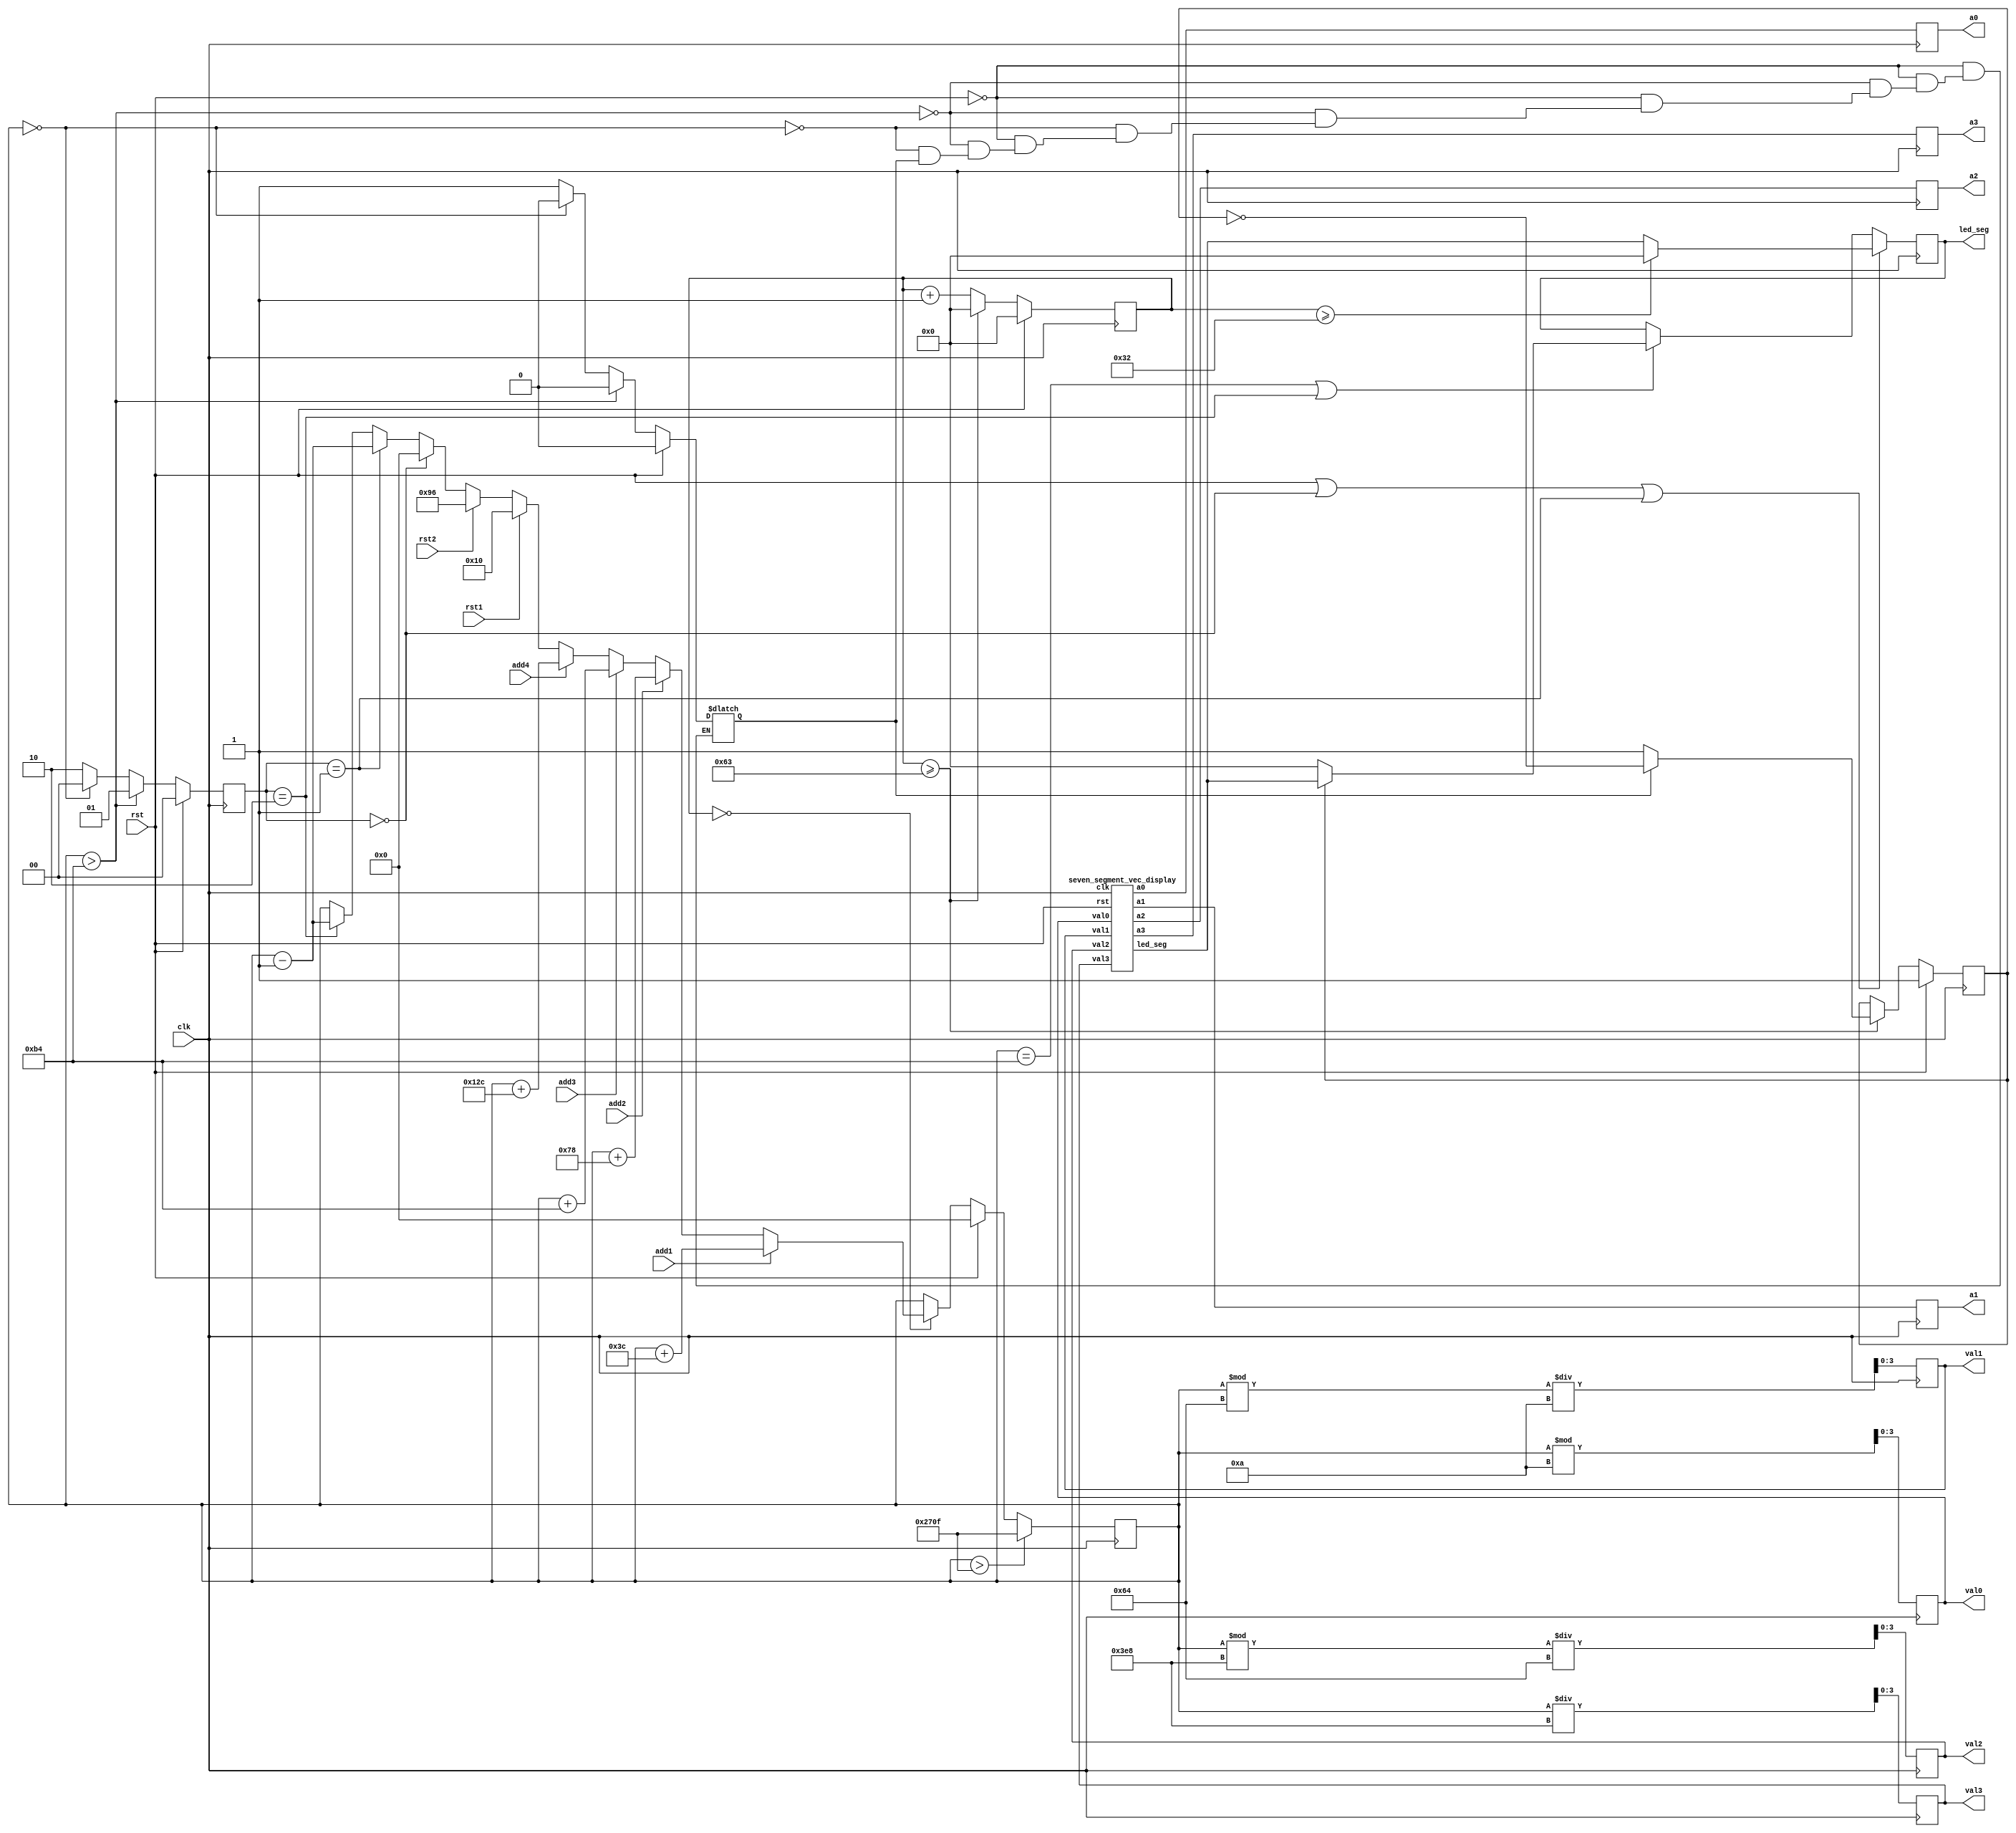
`timescale 1ns / 1ps

/*
	CS M152A Lab 3: This lab is required to design an FSM to model a parking meter 
	which simulates coins being added and displays the appropriate time remaining
*/

module parking_meter (
	// First, Define the given inputs
	// Input 1: add 60 seconds to the parking meter 
    input add1,
    // Input 2: add 120 seconds to the parking meter 
    input add2,
	// Input 3: add 180 seconds to the parking meter 
    input add3,
    // Input 4: add 300 seconds to the parking meter 
    input add4,
    // Input 5: reset time to 16 seconds
    input rst1,
    // Input 6: reset time to 150 seconds
    input rst2,
    // Input 7: frequency of 100 Hz
    input clk,
    // Input 8: resets signal to the initial state 
    input rst,

    // The, Define the anodes driving each of these segments are (one bit signals)
	// a3 = most significant anode
	// a0 = the least significant anode
	// The order of anode goes from left to right  
	// This is the 1 bit anode a3
    output reg a3,
    // This is the 1 bit anode a2
    output reg a2,
    // This is the 1 bit anode a1
    output reg a1,
    // This is the 1 bit anode a0
    output reg a0,

    // Define the 7 bits output register for the seven segment display 
	// Define the seven segment vector (7 bit vector) in the output module to display the actual 
	// value fed to the 4 segments corresponding to the digits being displayed 
    output reg [6:0] led_seg,

    // Define the 4 output ports, each of them is a 4 bit vector
	// Each of the output port display the actual digit in BCD corresponding to each of the segment 
	// This is output port val3
    output reg [3:0] val3,
    // This is output port val2
    output reg [3:0] val2,
    // This is output port val1
    output reg [3:0] val1,
    // This is output port val0
    output reg [3:0] val0
    );
	
	// Create two registers that store the current state and the update state
	// This is a 2 bits register that store the current state of the FSM 
	 reg [1:0] current_state;
	// This is a 2 bit register that store the update state of the FSM
	 reg [1:0] update_state;
	 
	// Create a 14 bits register to hold the total number of seconds in the parking meter 
	// The maximum value of time will be 9999, it will require 14 bits to hold values from 0 to 9999 in decimal
	 reg [13:0] parking_meter_seconds;

	// Create two registers for the calculation of the period of 2 seconds and 50% duty cycle
	// The is the clock period of two register 
	 reg clock_period_two_proceed;
	 // Use for signaling the moment to flip the clock period of 2
	 reg clock_period_two_flip;
	 // Create a 7 bits counter that store the value when incrementing in the always block 
	 reg [6:0] hundred_counter;

	// Create paramaters to help make the code more readable
	// Set up a parameter to store the initial state period 
	 parameter inital_state_period = 3'b000; 
	// Set up a parameter to store the period 1 second when the parking meter's seocnds are greater than (>) 180 seconds
	 parameter one_second_state_period = 3'b001; 
	// Set up a parameter to store the period 2 seconds when the parking meter's seconds are between 0 and 180 seconds (0 second < parking meter remaining seconds <= 180 seconds)
	 parameter two_second_state_period = 3'b010; 
	 

	// Then, I need to set up four individual wires for each of our anodes 
	// This is the flash wire for anode a3
	 wire flash_a3;
	// This is the flash wire for anode a2
	 wire flash_a2;
	// This is the flash wire for anode a1
	 wire flash_a1;
	// This is the flash wire for anode a0
	 wire flash_a0;

	// Set up the needed wires for the seven segment vector 
	// First, I need a 7 bit vector wire for our output module 
	 wire [6:0] output_led_seg;

	// Then, I need to initialize the output module that consist of a seven segment vector
	// to displays the actual value fed to the 4 segments 
	seven_segment_vec_display my_nfssd(.val3(val3), .val2(val2), .val1(val1), .val0(val0),
			.clk(clk), .rst(rst), .a3(flash_a3), .a2(flash_a2), .a1(flash_a1), .a0(flash_a0), .led_seg(output_led_seg));
	 
	// I need a initialize block to intialize my needed registers and variables 
	initial begin
	 	// First, I need to initalize my current state and the following states
		// Initailize my current state to inital state period 
		current_state <= inital_state_period;
		// Initialize my update state to inital state period 
		update_state <= inital_state_period;

		// Second, initialize the four output ports with 4 bits of zeroes
		// Initialize val3 output port to 0
		val3 <= 4'b0000;
		// Initialize val2 output port to 0
		val2 <= 4'b0000;
		// Initialize val1 output port to 0
		val1 <= 4'b0000;
		// Initialize val0 output port to 0
		val0 <= 4'b0000;
		
		// Then, I need to initizlie my two registers for the calculation of the period of 2 seconds and 50% duty cycle
		// Both of my clock registers are 1 bit 
		// Initialize my clock period of two to zero 
		clock_period_two_proceed <= 1'b0;
		// Initialize my clock_period_two_flip register to 1
		clock_period_two_flip <= 1'b1;

		// Initalize my 7 bits hundred counter to 0 
		hundred_counter <= 7'b0000000;
		// Initialize my parking meter that store the remaining second to 0
		parking_meter_seconds <= 14'b00000000000000;
		
	end
	
	// Then, I need to create a always block for updating the states 
	always @(posedge clk) begin
	 	// If the reset signal is high, get ready to reset to initial state 
		if (rst)
			// Then, reset the current state to the period of the inital state  
			current_state <= inital_state_period;
		else
			// If the reset signal is low, update the current state to the next state
			current_state <= update_state;
	end
	 
	// I need to create a always block for updating the counter that count up to 100
	always @(posedge clk) begin
	 	// If the rest signal is high 
		if (rst) 
			begin 
				// Reset the clock_period_two_flip register to 1
				clock_period_two_flip <= 1'b1; 
				// Reset the hundred counter to 7 bits zeroes 
				hundred_counter <= 7'b0000000; 
			end
		else 

			// If the reset signl is low and the counter is greater than and equal to 99 right now 
			if (hundred_counter >= 7'b1100011) 
				begin
					// Reset the hundred counter to 0
					hundred_counter <= 7'b0000000;

					// Check if the clock period two is high or low 
					if (!clock_period_two_proceed)
						// If the clock period two is low, then set the clock_period_two_flip back to 1
						clock_period_two_flip <= 1'b1;
					else
					// If the clock period two is high, then flip the clock period 
						clock_period_two_flip <= ~clock_period_two_flip;

				end	
			else 
				// If the reset signl is low and the counter is less than 99 right now 
				// Increment the hundred counter by 1
				hundred_counter <= hundred_counter + 7'b0000001;	
	 end
	 
	// Create a always block to update the remaining seconds of the parking meter on a negative edge 
	 always @(negedge clk) begin
	 	// Check if the reset signal is high or low 
		if (rst)
			// If the rest signal is high, then reset the remaining seconds of the parking meter to 0
			parking_meter_seconds <= 14'b00000000000000;
		// Check if the hundred counter is 0, then get ready to read the inputs corresponding added seconds represented by each button
		// For every second, input are processed once only and during the one second, ignore the multiple inputs being pressed together
		else if (hundred_counter == 7'b0000000) 
			begin
				/*
					There are 9 cases:
					1. When input add1 is pressed, add 60 seconds
					2. When input add2 is pressed, add 120 seconds 
					3. When input add3 is pressed, add 180 seconds
					4. When input add4 is pressed, add 300 seconds 
					5. When input rst1 is pressed, reset to 16 seconds
					6. When input rst2 is pressed, reset to 150 seconds
					7. When current state is initial period, reset the remaining seconds to 0 second
					8. When current state is  period 1 second, decrement the stored seconds by 1
					9. When current state is  period 2 seconds, decrement the stored seconds by 1
				*/

				if (add1)
					// Input add1 is pressed, add 60 seconds to the parking meter
					parking_meter_seconds <= parking_meter_seconds + 14'b00000000111100; 
				else if (add2)
					// Input add2 is pressed, add 120 seconds to the parking meter 
					parking_meter_seconds <= parking_meter_seconds + 14'b00000001111000; 
				else if (add3)
					// Input add3 is pressed, add 180 seconds to the parking meter
					parking_meter_seconds <= parking_meter_seconds + 14'b00000010110100; 
				else if (add4)
					// Input add4 is pressed, add 300 seconds to the parking meter 
					parking_meter_seconds <= parking_meter_seconds + 14'b00000100101100; 
				else if (rst1)
					// Input rst1 is pressed, reset the parking meter to hold 16 seconds
					parking_meter_seconds <= 14'b00000000010000; 
				else if (rst2)
					// Input rst2 is pressed, reset the parking meter to hold 150 seconds
					parking_meter_seconds <= 14'b00000010010110; 
				else if (current_state == inital_state_period)
					// If the current state is inital state, then reset the parking meter to hold 0 second
					parking_meter_seconds <= 14'b00000000000000;	
					
				else if (current_state == one_second_state_period)
					// If the current state is one second period, then decrement the remaining seconds by 1
					parking_meter_seconds <= parking_meter_seconds - 14'b00000000000001;
					
				else if (current_state == two_second_state_period)
					// If the current state is two second period, then decrement the remaining seconds by 1
					parking_meter_seconds <= parking_meter_seconds - 14'b00000000000001;
			end

		// After adjusting the remaining seconds in the parking meter
		// Check whether there is attempt to increment beyond 9999
		// If yes, then counter should latch to 9999 and counting down from there
		// Check if the counter is > 9999, then set the counter to 9999 which is the maximum value of the remaining seocnds in the meter 
		if (parking_meter_seconds > 14'b10011100001111) 
			// set the counter to 9999 as the maximum seconds from the parking meter
			parking_meter_seconds <= 14'b10011100001111; 
		
	 end
	 	 
	// I need a always block to update the following state after current state
	 always @(*) begin
	 	// Check if the reset signal is high or low
		if (rst)
			begin
				// If the reset signal is 1, reset the update state to inital state 
				update_state = inital_state_period; 
				// If the reset signal is 1, reset the clock period of two to 0 
				clock_period_two_proceed = 1'b0; 
			end
		// Check if the remaining seconds in the parking meter are greater than 180 seconds
		else if (parking_meter_seconds > 14'b00000010110100) 
			begin 
				// Set the update state to the one second clock state
				update_state = one_second_state_period; 
				// Set the clock period of two to 0
				clock_period_two_proceed = 1'b0; 
			end
		// Check if the remaining seconds in the parking meter equal to 0 
		else if (parking_meter_seconds == 14'b00000000000000) 
			begin 
				// If the remaining seconds are 0, then set the next state to inital state period 
				update_state = inital_state_period; 
				// If the remaining seconds are 0, then set the clock period of two to 0
				clock_period_two_proceed = 1'b0; 
			end
		// Check if the remaining seconds are between 0 and 180 (0 second < remaining seconds in the parking meter <= 180 seconds)
		else 
			begin
				// Set the next state to the two second clock 
				update_state = two_second_state_period; 
				// Check if the clock period of two is 0 or not 
				if (clock_period_two_proceed == 1'b0) 
					// Set the clock period of two to 1
					clock_period_two_proceed = 1'b1;
			end
		
	 end

	 // I need a always block to extract the corresponding values for the output ports 
	 always @(posedge clk) begin
	  	// Set val3 output port to be the thousands place
		 val3 <= parking_meter_seconds / 1000; 
		// Set val2 output port to be the hundred place
		 val2 <= (parking_meter_seconds % 1000) / 100; 
		// Set val1 output port to be the tens place 
		 val1 <= (parking_meter_seconds % 100) / 10; 
		// Set val0 output port to be the ones place
		 val0 <= parking_meter_seconds % 10; 
		 
		 // Assign the corresponding wires for the anodes 
		 // Assign the anode a3 with the flash wire a3
		 a3 <= flash_a3;
		 // assign the anode a2 with the flash wire a2 
		 a2 <= flash_a2;
		 // assign the anode a1 with the flash wire a1
		 a1 <= flash_a1;
		 // Assign the anode a0 with the flash wire a0
		 a0 <= flash_a0;

		 // Check whether the current state is equal to one seocnd period or initial state or rst signal is on  
		if (rst || current_state == inital_state_period || current_state == one_second_state_period)
			begin
			 	// If the counter is greater than 50  
				if (hundred_counter >= 7'b0110010) 
					// Set the led segment to zero 
					led_seg <= 7'b0000000;
				else
				// If the counter is less than 50
					// If yes, then set the led segment with the value of output led segment 
					led_seg <= output_led_seg; 
			end
		// Check whether the current state is equal to two second clock period or the remaining seconds are 180 seocnds
		else if (parking_meter_seconds == 14'b00000010110100 || current_state == two_second_state_period) 
			begin
				// Check the flip signal for two seconds clock period is on or not 
				if (!clock_period_two_flip)
					// If it is off, set the led segment to zero 
					led_seg <= 7'b0000000;
				else 
					// If it is on, the signal will be high for the 1st seoncd, then low for the 2nd second 
					led_seg <= output_led_seg;
			end	
	 end
endmodule

// This the module of the display of the seven segement vector 
module seven_segment_vec_display (
	// These are the four output ports
	// This is my 4 bits output port val3
	input [3:0] val3,
	// This is my 4 bits output port val2
	input [3:0] val2,
	// This is my 4 bits output port val1
	input [3:0] val1,
	// This is my 4 bits output port val0
	input [3:0] val0,
	// This is the input clk and use to reboot the display 
	input clk, 
	// This is my reset signal
	input rst,
	// These are the four anodes 
	// This is my anode a3
	output reg a3,
	// This is my anode a2
	output reg a2,
	// This is my anode a1
	output reg a1,
	// This is my anode a0
	output reg a0,
	// This is the output led display 
	output reg [6:0] led_seg
);
	
	// I need to set up 4 states to indicate which led I am currently displaying the value 
	// This is the inital state 
	parameter zero_screen_state = 3'b000;
	// This is my first state 
	parameter first_screen_state = 3'b001;
	// This is my second state 
	parameter second_screen_state = 3'b010;
	// This is my third state 
	parameter third_screen_state = 3'b011;
	// This is my fourth state 
	parameter fourth_screen_state = 3'b100;

	// Set up two registers to store states 
	// This is my current state 
	reg [2:0] current_state;
	// This is my next following state 
	reg [2:0] update_state;
	

	// I need a initial block to initialize my output registers and states 
	initial begin
		// Initialize my led segment to zero 
		led_seg <= 7'b0000000; 
		// Set all my anodes to high at first 
		// Set anode a3 to high 
		a3 <= 1; 
		// Set anode a2 to high 
		a2 <= 1; 
		// Set anode a1 to high 
		a1 <= 1; 
		// Set anode a0 to high 
		a0 <= 1; 
		// Initialize my current state to zero state which is initial
		current_state <= zero_screen_state;
		// Initialize my update state to zero state which is initial 
		update_state <= zero_screen_state;
	end

	// Create a encode function that transfer from 4 bit binary number to the 7 segment vector 
	function [6:0] seven_segment_vec_encode;
		// This is my input to the encode function 
		input [3:0] encode_input;

		if (encode_input == 4'b0000)
			// This is encode 0 for binary input 0
			seven_segment_vec_encode = 7'b1111110; 
		else if (encode_input == 4'b0001)
			// This is encode 1 for binary input 1
			seven_segment_vec_encode = 7'b0110000;
		else if (encode_input == 4'b0010)
			// This is encode 2 for binary input 2
			seven_segment_vec_encode = 7'b1101101; 
		else if (encode_input == 4'b0011)
			// This is encode 3 for binary input 3
			seven_segment_vec_encode = 7'b1111001;
		else if (encode_input == 4'b0100)
			// This is encode 4 for binary input 4 
			seven_segment_vec_encode = 7'b0110011;
		else if (encode_input == 4'b0101)
			// This is encode 5 for binary input 5
			seven_segment_vec_encode = 7'b1011011;
		else if (encode_input == 4'b0110)
			// This is encode 6 for binary input 6
			seven_segment_vec_encode = 7'b1011111;
		else if (encode_input == 4'b0111)
			// This is encode 7 for binary input 7
			seven_segment_vec_encode = 7'b1110000;
		else if (encode_input == 4'b0111)
			// This is encode 8 for binary input 8
			seven_segment_vec_encode = 7'b1110000;
		else if (encode_input == 4'b1001)
			// This is encode 9 for binary input 9
			seven_segment_vec_encode = 7'b1111011;
		else 
			// This is the default case for the encode output
			seven_segment_vec_encode = 7'b0000000; 

	endfunction
	
	// I need a always block to check my current state value 
	always @(posedge clk) begin
	// If my current state value is equal to my fourth screen state value 
		if (current_state == fourth_screen_state)
			// Set my update state to my first screen state value 
			update_state <= first_screen_state;
		else 
			// If my current state value is not equal to my fourth screen state value,
			// then update my next state by adding one to my current state 
			update_state <= current_state + 2'b01;
	end
	
	// I need a always block to reset and update my current state value 
	always @(posedge clk) begin
		// If reset signal is high 
		if (rst)
			// Reset my current state back to inital state 
			current_state <= zero_screen_state; 
		else 
			// If not, set my current state to the next state 
			current_state <= update_state;
	end
	
	// I need a always block to show the status of the anodes 
	always @(posedge clk) begin
		// Check which anodes are on with the current states 
		// If my current state is equal to the value of first screen state 
		if (current_state == first_screen_state)
			// This is the case when a3 = low, a2 = a1 = a0 = high
			begin 
				// Set anode a3 to low
				a3 <= 1'b0; 
				// Set anode a2 to high 
				a2 <= 1'b1; 
				// Set anode a1 to high 
				a1 <= 1'b1; 
				// Set anode a0 to high 
				a0 <= 1'b1; 
			end 
		// If my current state is equal to the value of the second screen state 
		else if (current_state == second_screen_state)
			begin 
			// This is the case when a2 = low, a3 = a1 = a0 = high
				// Set anode a3 to high 
				a3 <= 1'b1; 
				// Set anode a2 to low 
				a2 <= 1'b0; 
				// Set anode a1 to high 
				a1 <= 1'b1; 
				// Set anode a0 to high 
				a0 <= 1'b1; 
			end
		// If my current state is equal to the value of the third screen state 
		else if (current_state == third_screen_state)
			begin 
			// This is the case when a1 = low, a3 = a2 = a0 = high
				// Set anode a3 to high 
				a3 <= 1'b1;
				// Set anode a2 to high 
				a2 <= 1'b1; 
				// Set anode a1 to low 
				a1 <= 1'b0; 
				// Set anode a0 to high 
				a0 <= 1'b1; 
			end
		// If my current state is equal to the value of the fourth screen state 
		else if (current_state == fourth_screen_state)
			begin 
			// This is the case when a0 = low, a3 = a2 = a1 = high
				// Set anode a3 to high 
				a3 <= 1'b1; 
				// Set anode a2 to high 
				a2 <= 1'b1; 
				// Set anode a1 to high 
				a1 <= 1'b1; 
				// Set anode a0 to low 
				a0 <= 1'b0; 
			end
		// If my current state is equal to the value of the initial screen state 
		else if (current_state == zero_screen_state)
			begin 
			// This is the inital case, as well as default case
				// Set anode a3 to high  
				a3 <= 1'b1; 
				// Set anode a2 to high 
				a2 <= 1'b1; 
				// Set anode a1 to high 
				a1 <= 1'b1; 
				// Set anode a0 to high 
				a0 <= 1'b1; 
			end 
		
		// Check which output port we are suppose to display with the current state value 
		// If my current state is equal to first screen state
		if (current_state == first_screen_state)
			// Displaying output port val3
			led_seg <= seven_segment_vec_encode(val3);
		// If my current state is equal to second screen state 
		else if (current_state == second_screen_state)
			// Displaying output port val2
			led_seg <= seven_segment_vec_encode(val2);
		// If my current state is equal to third screen state
		else if (current_state == third_screen_state)
			// Displaying output port val1
			led_seg <= seven_segment_vec_encode(val1);
		// If my current state is equal to fourth screen state 
		else if (current_state == fourth_screen_state)
			// Displaying output port val0
			led_seg <= seven_segment_vec_encode(val0);
		// if my current state is equal to initial screen state 
		else if (current_state == zero_screen_state)
			// Set led_segment to zero, displaying 0, inital and default 
			led_seg <= 'b0000000;
	end
endmodule